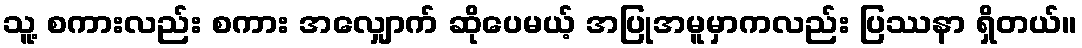
သူ့ စကားလည်း စကား အလျှောက် ဆိုပေမယ့် အပြုအမူမှာကလည်း ပြဿနာ ရှိတယ်။